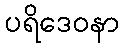
ပရိဒေဝနာ